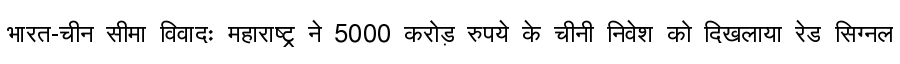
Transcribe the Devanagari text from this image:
भारत-चीन सीमा विवादः महाराष्ट्र ने 5000 करोड़ रुपये के चीनी निवेश को दिखलाया रेड सिग्नल